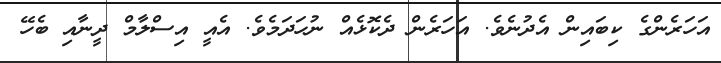
އަހަރެންގެ ކިބައިން އެދުނެވެ. އަހަރެން ދެކޮޅެއް ނުހަދަމެވެ. އެއީ އިސްލާމް ދީނާއި ބެހޭ